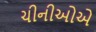
ચીનીઓએ